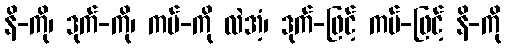
နိ-ကို၊ ဒုက်-ကို၊ ကပ်-ကို လဲအံ့၊ ဒုက်-ဖြင့် ကပ်-ဖြင့် နိ-ကို